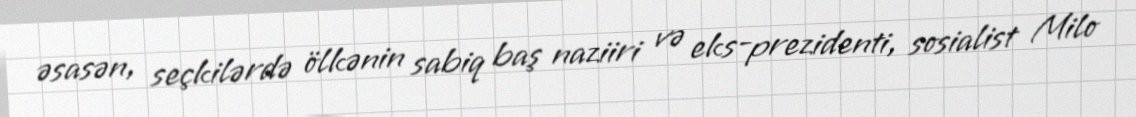
əsasən, seçkilərdə ölkənin sabiq baş naziiri və eks-prezidenti, sosialist Milo